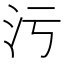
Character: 污